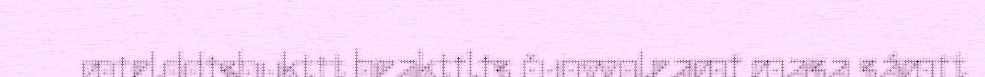
mielddisbuktit beaktilis čuovvoleami masa sámit